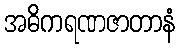
အဓိကရဏဇာတာနံ